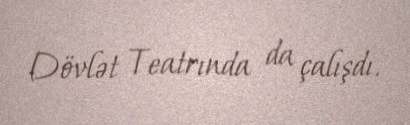
Dövlət Teatrında da çalışdı.